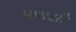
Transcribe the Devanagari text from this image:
पाचसौ